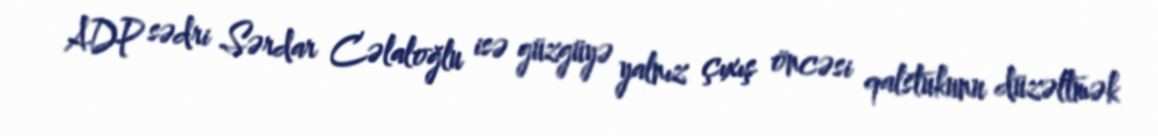
ADP sədri Sərdar Cəlaloğlu isə güzgüyə yalnız çıxış öncəsi qalstukunu düzəltmək